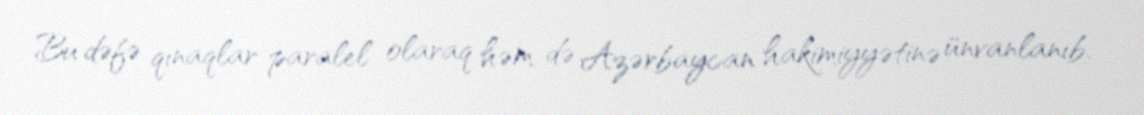
Bu dəfə qınaqlar paralel olaraq həm də Azərbaycan hakimiyyətinə ünvanlanıb.